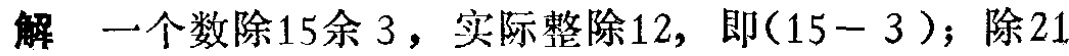
解 一个数除15余 3，实际整除12，即(15− 3 )；除21